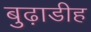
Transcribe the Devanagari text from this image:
बुढ़ाडीह